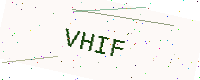
Text: VHIF